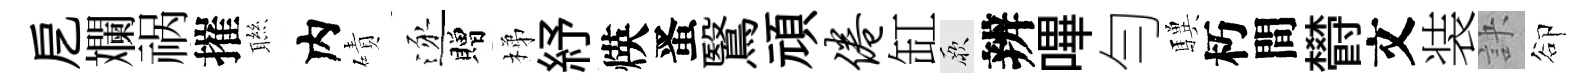
戹斕祸摧聮内磧逐贈梯紓煐󱉠鷖頑倦缸厥辨嗶勻驥朽間欎文装訣卻